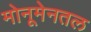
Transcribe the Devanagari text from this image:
मोनूमेनतल